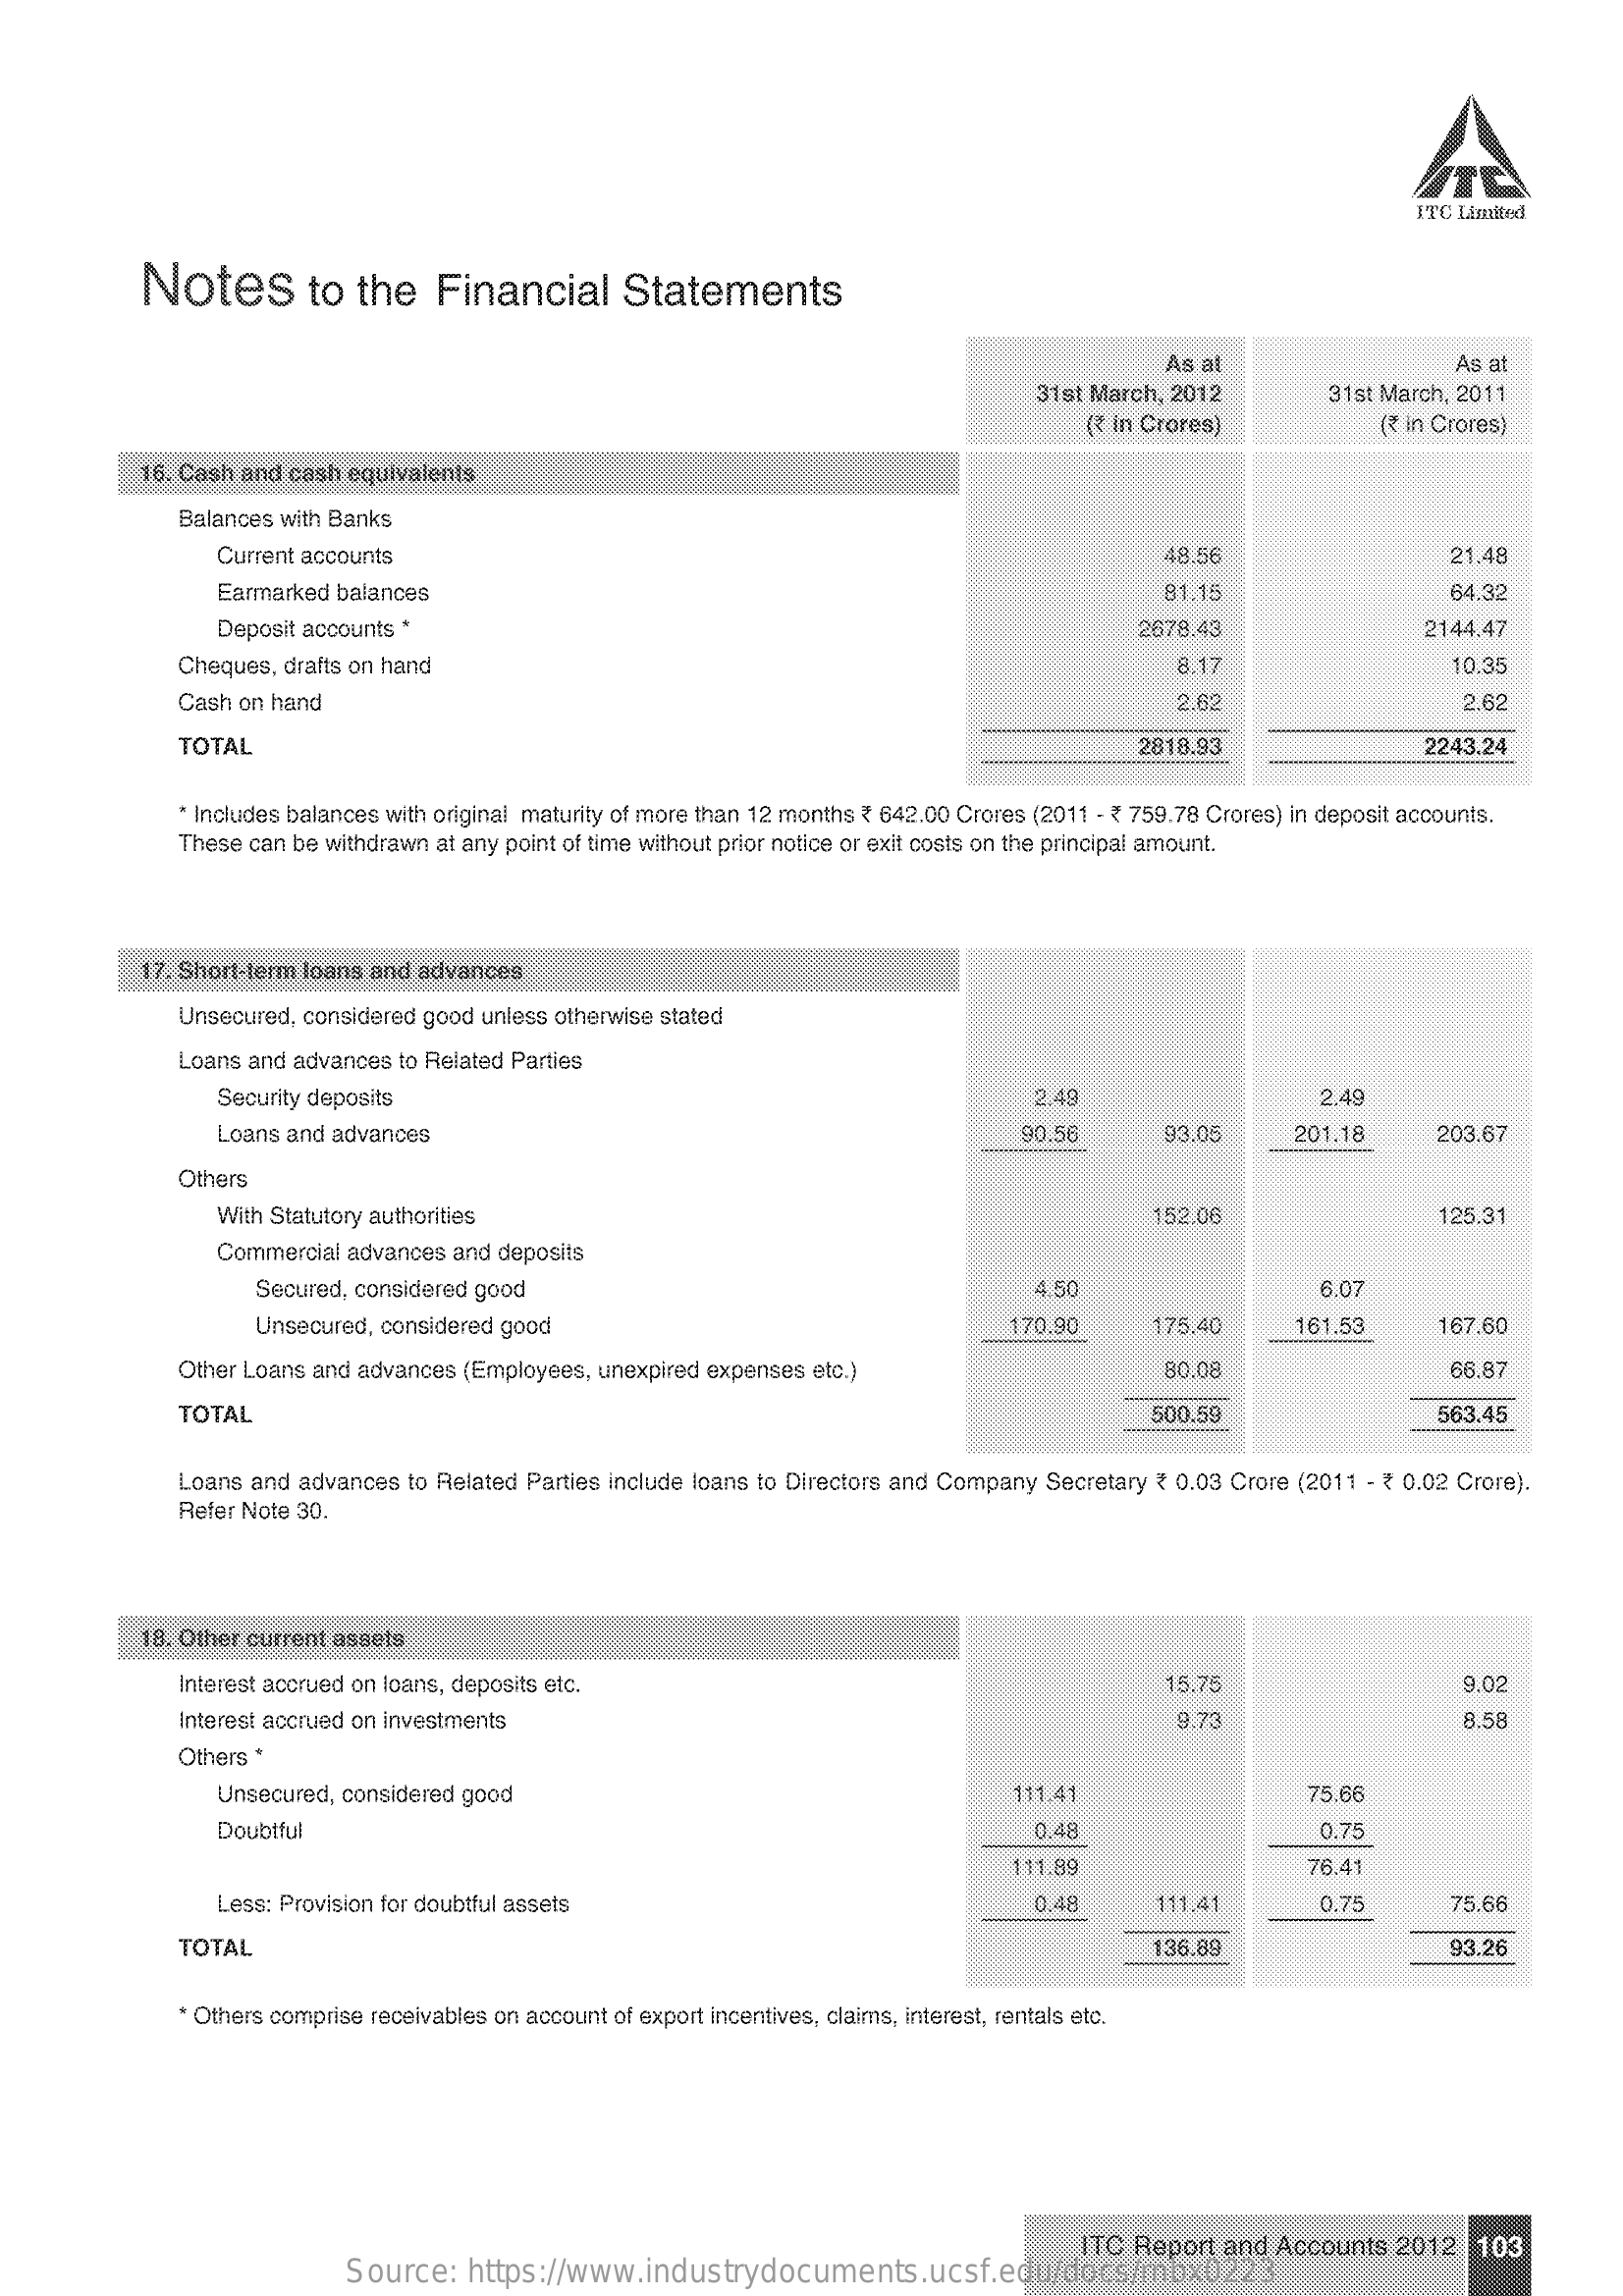
ITC Limited
     Notes    to  the    Financial    Statements
     As al    As a
     31st March, 2012    31st March, 2011
     ( ₹ in Crores)    ( ₹ in Crores)
     16. Cash and cash equivalents
     Balances with Banks
     Current accounts    18.56    21.48
     Earmarked balances    81.15    64.32
     Deposit accounts *    2678.43    2144.47
     Cheques, drafts on hand    8.17    10.35
     Cash on hand    2.62    2.62
     TOTAL    2818.93    2243.24
     * Includes balances with original maturity of more than 12 months ₹ 642.00 Crores (2011 - ₹ 759.78 Crores) in deposit accounts.
     These can be withdrawn at any point of time without prior notice or exit costs on the principal amount.
     17. Short-term loans and advances
     Unsecured, considered good unless otherwise stated
     Loans and advances to Related Parties
     Security deposits    2.49    2.49
     Loans and advances    90.56    93.05    201.18    203.67
     Others
     With Statutory authorities    152.06    125.31
     Commercial advances and deposits
     Secured, considered good    1.50    6.07
     Unsecured, considered good    170.90    175.40    161.53    167.60
     Other Loans and advances (Employees, unexpired expenses etc.)    80.08    66.87
     TOTAL    500.59    563,45
     Loans and advances to Related Parties include loans to Directors and Company Secretary ₹ 0.03 Crore (2011 - ₹ 0.02 Crore).
     Refer Note 30.
     18. Other current assets
     Interest accrued on loans, deposits etc.    15.75    9.02
     Interest accrued on investments    9.73    8.58
     Others *
     Unsecured, considered good    111.41    75.66
     Doubtful    0,48    0.75
     111.89    76.41
     Less: Provision for doubtful assets    0.48    111.41    0.75    75.66
     TOTAL    136.89    93.26
     * Others comprise receivables on account of export incentives, claims, interest, rentals etc.
     Source:  https://www.industrydocuments.ucsf.edu/docs/rnbx0223
     ITC Report  and Accounts 2012   103